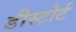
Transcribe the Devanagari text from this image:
डीस्टोर्ट